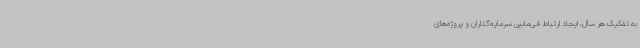
به تفکیک هر سال، ایجاد ارتباط فی‌مابین سرمایه‌گذاران و پروژه‌های